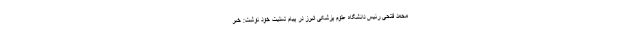
محمد فتحی رئیس دانشگاه علوم پزشکی البرز در پیام تسلیت خود نوشت: خبر